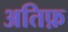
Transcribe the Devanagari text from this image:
अतिफ़